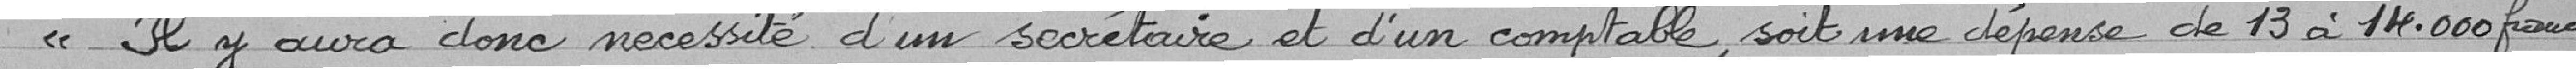
Il y aura donc nécessité d'un secrétaire et d'un comptable soit une dépense de 13 à 14.000 franvs